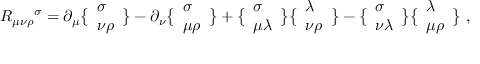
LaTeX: R _ { \mu \nu \rho } { } ^ { \sigma } = \partial _ { \mu } \bigl \{ \begin{array} { l } { { \sigma } } \\ { { \nu \rho } } \end{array} \bigr \} - \partial _ { \nu } \bigl \{ \begin{array} { l } { { \sigma } } \\ { { \mu \rho } } \end{array} \bigr \} + \bigl \{ \begin{array} { l } { { \sigma } } \\ { { \mu \lambda } } \end{array} \bigr \} \bigl \{ \begin{array} { l } { { \lambda } } \\ { { \nu \rho } } \end{array} \bigr \} - \bigl \{ \begin{array} { l } { { \sigma } } \\ { { \nu \lambda } } \end{array} \bigr \} \bigl \{ \begin{array} { l } { { \lambda } } \\ { { \mu \rho } } \end{array} \bigr \} \ ,